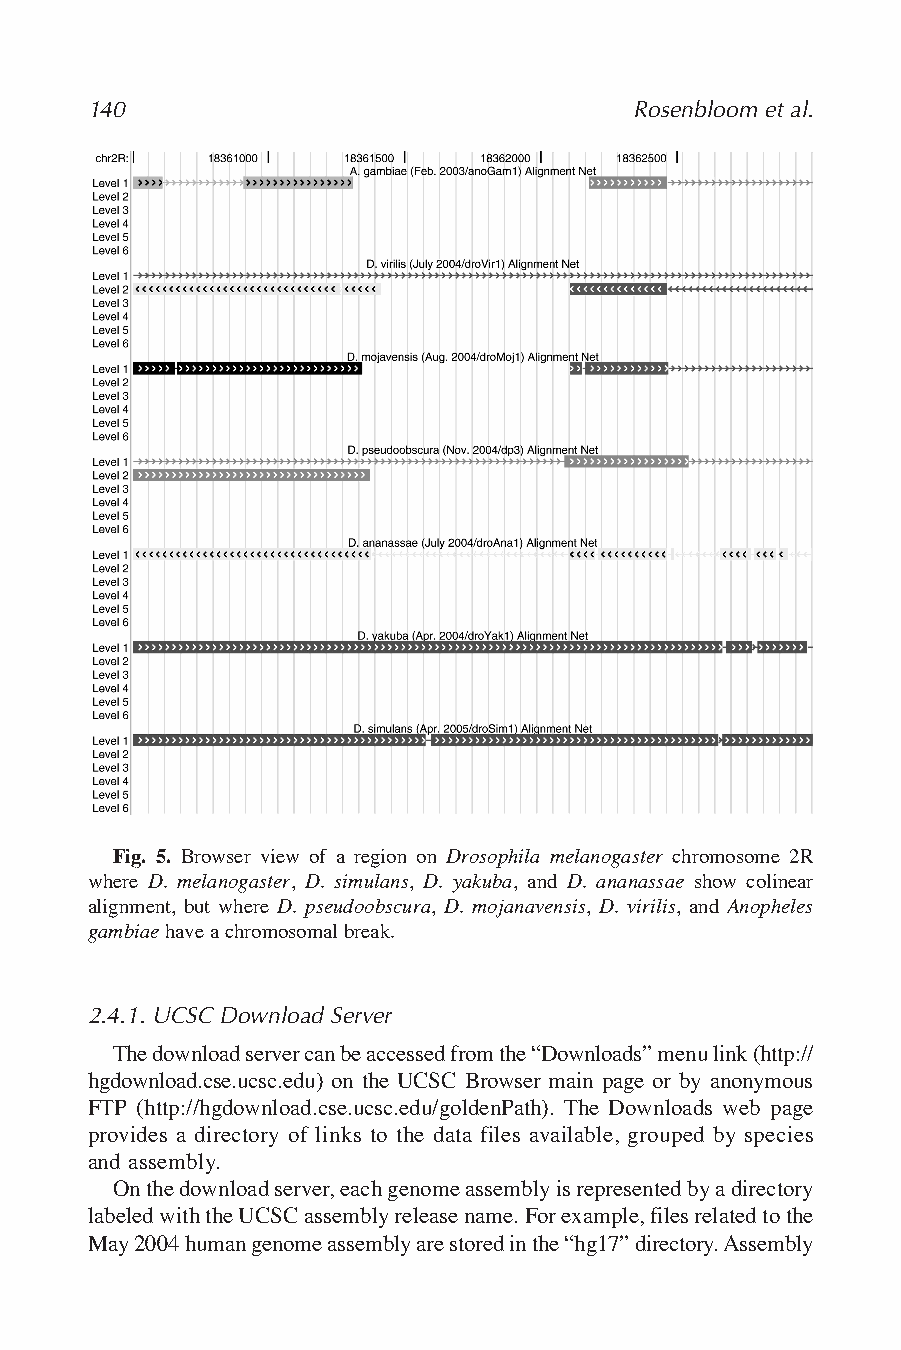
140                                 Rosenbloom et al.
 Fig. 5. Browser view of a region on Drosophila melanogaster chromosome 2R
 where D. melanogaster, D. simulans, D. yakuba, and D. ananassae show colinear
 alignment, but where D. pseudoobscura, D. mojanavensis, D. virilis, and Anopheles
 gambiaehave a chromosomal break.
 2.4.1. UCSC Download Server
 The download server can be accessed from the “Downloads”menu link (http://
 hgdownload.cse.ucsc.edu) on the UCSC Browser main page or by anonymous
 FTP (http://hgdownload.cse.ucsc.edu/goldenPath). The Downloads web page
 provides a directory of links to the data files available, grouped by species
 and assembly.
 On the download server,each genome assembly is represented by a directory
 labeled with the UCSC assembly release name. For example,files related to the
 May 2004 human genome assembly are stored in the “hg17”directory. Assembly